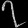
Digit: ၇